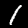
Digit: 1